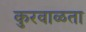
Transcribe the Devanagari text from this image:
कुरवाळता